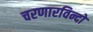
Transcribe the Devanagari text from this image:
चरणारविन्दों